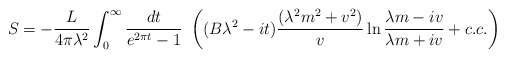
\begin{align*}S= -\frac{L}{4\pi\lambda^2} \int_ 0 ^\infty \frac{dt}{e^{2 \pi t}- 1} ~\left ( (B\lambda^2-it) \frac{(\lambda ^2 m^2+v^2)}{v} \ln \frac{\lambda m -iv}{\lambda m +iv} + c.c. \right )\end{align*}